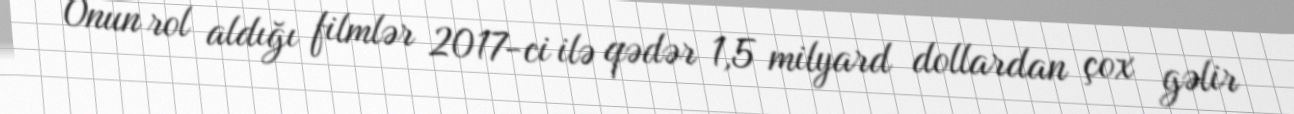
Onun rol aldığı filmlər 2017-ci ilə qədər 1,5 milyard dollardan çox gəlir